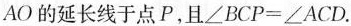
AO的延长线于点P，且∠BCP=∠ACD.